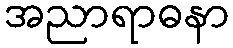
အညာရာဓနာ